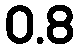
0.8